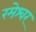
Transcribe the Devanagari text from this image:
रमेश्वर